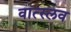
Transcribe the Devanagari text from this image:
वात्स्लव